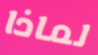
لماذا